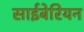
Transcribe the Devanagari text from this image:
साईबेरियन